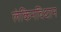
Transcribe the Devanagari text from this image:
लेकिनविधान